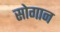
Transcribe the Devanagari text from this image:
सोगान